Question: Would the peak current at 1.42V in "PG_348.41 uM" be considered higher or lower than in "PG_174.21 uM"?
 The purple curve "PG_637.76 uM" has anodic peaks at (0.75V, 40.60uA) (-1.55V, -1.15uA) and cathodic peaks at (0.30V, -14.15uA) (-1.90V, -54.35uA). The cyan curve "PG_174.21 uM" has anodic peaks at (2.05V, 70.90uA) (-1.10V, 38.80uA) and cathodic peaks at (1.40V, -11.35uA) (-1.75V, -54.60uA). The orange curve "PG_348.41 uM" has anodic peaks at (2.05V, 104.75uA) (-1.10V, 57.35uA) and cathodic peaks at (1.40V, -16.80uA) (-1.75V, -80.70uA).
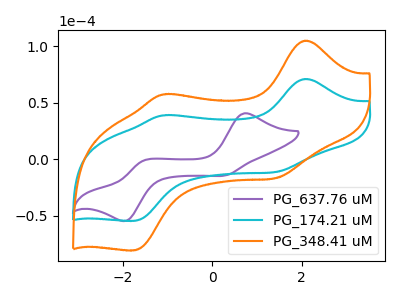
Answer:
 <answer>The peak at 1.42V is higher in "PG_348.41 uM" than in "PG_174.21 uM".</answer>
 <eval>higher</eval>